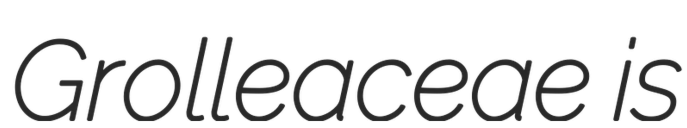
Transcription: Grolleaceae is